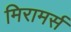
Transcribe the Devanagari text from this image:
मिरामर्स